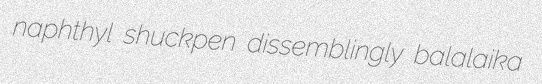
naphthyl shuckpen dissemblingly balalaika